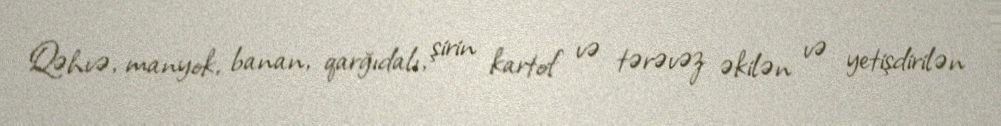
Qəhvə, manyok, banan, qarğıdalı, şirin kartof və tərəvəz əkilən və yetişdirilən